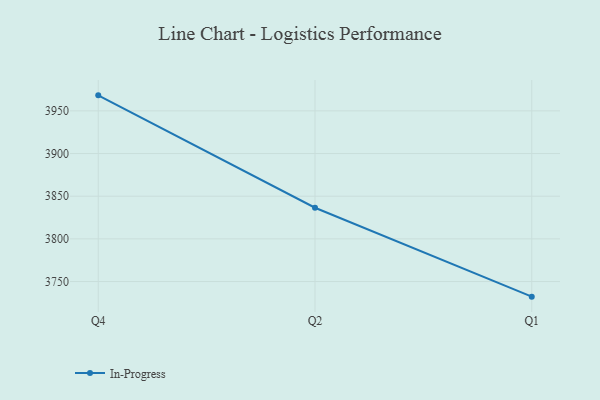
{"axis": {"x": "Quarter", "y": "Energy Usage (MWh)"}, "legend": ["In-Progress"], "data": [{"x": "Q4", "y": 3968.2, "type": "In-Progress"}, {"x": "Q2", "y": 3836.5, "type": "In-Progress"}, {"x": "Q1", "y": 3732.3, "type": "In-Progress"}]}